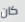
كان